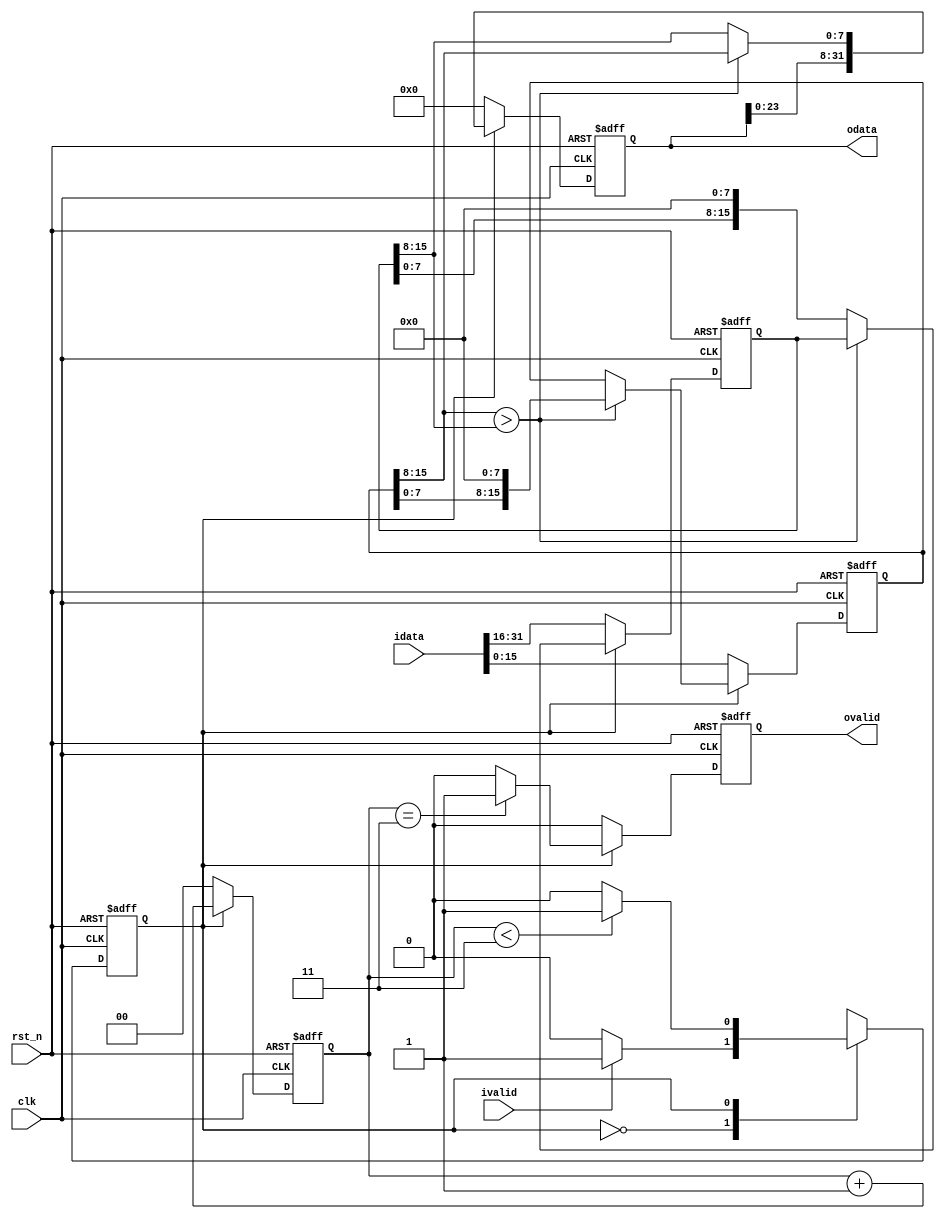
`timescale 1ns / 1ps
module level_2_gen #(
    parameter DATA_WIDTH=8
)(
    input clk,
    input rst_n,
    input [4*DATA_WIDTH-1:0] idata,
    input ivalid,
    output reg [4*DATA_WIDTH-1:0] odata,
    output reg ovalid
    );
    
    localparam S1=1'b0;
    localparam S2=1'b1;
    
    reg cs,ns;
    reg [2*DATA_WIDTH-1:0] buffer1,buffer2;
    reg [1:0] cnt;
    
    always@(posedge clk or negedge rst_n)begin
        if(!rst_n)
            cs <= S1;
        else
            cs <= ns;
    end
    
    always@(*)begin
        case(cs)
            S1:begin
                if(ivalid)
                    ns = S2;
                else
                    ns = S1;
            end
            S2:begin
                if(cnt<3)
                    ns = S2;
                else
                    ns = S1;
            end
        endcase
    end
    
    always@(posedge clk or negedge rst_n)begin
        if(!rst_n)begin
            odata <= 'd0;
            buffer1 <= 'd0;
            buffer2 <= 'd0;
            ovalid <= 'b0;
            cnt <= 'd0;
        end
        else if(cs == S1)begin
            odata <= 'd0;
            buffer1 <= idata[0*DATA_WIDTH+:2*DATA_WIDTH];
            buffer2 <= idata[2*DATA_WIDTH+:2*DATA_WIDTH];
            ovalid <= 'b0;
            cnt <= 'd0;
        end
        else begin
            if(cnt == 3)
                ovalid <= 'b1;
            else
                ovalid <= 'b0;
            cnt <= cnt + 1;
            if(buffer1[DATA_WIDTH+:DATA_WIDTH]>buffer2[DATA_WIDTH+:DATA_WIDTH])begin
                odata <= {odata[0+:3*DATA_WIDTH],buffer1[DATA_WIDTH+:DATA_WIDTH]};
                buffer1 <= buffer1 << DATA_WIDTH;
            end
            else begin
                odata <= {odata[0+:3*DATA_WIDTH],buffer2[DATA_WIDTH+:DATA_WIDTH]};
                buffer2 <= buffer2 << DATA_WIDTH;
            end
        end
    end
    
endmodule